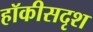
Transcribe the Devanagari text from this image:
हॉकीसदृश